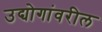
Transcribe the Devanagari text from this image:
उद्योगांवरील